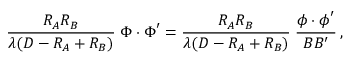
{ \frac { R _ { A } R _ { B } } { \lambda ( D - R _ { A } + R _ { B } ) } } \; \boldsymbol \Phi \boldsymbol \cdot \boldsymbol \Phi ^ { \prime } = { \frac { R _ { A } R _ { B } } { \lambda ( D - R _ { A } + R _ { B } ) } } \; { \frac { \boldsymbol \phi \boldsymbol \cdot \boldsymbol \phi ^ { \prime } } { B B ^ { \prime } } } \, ,